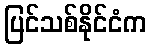
ပြင်သစ်နိုင်ငံက